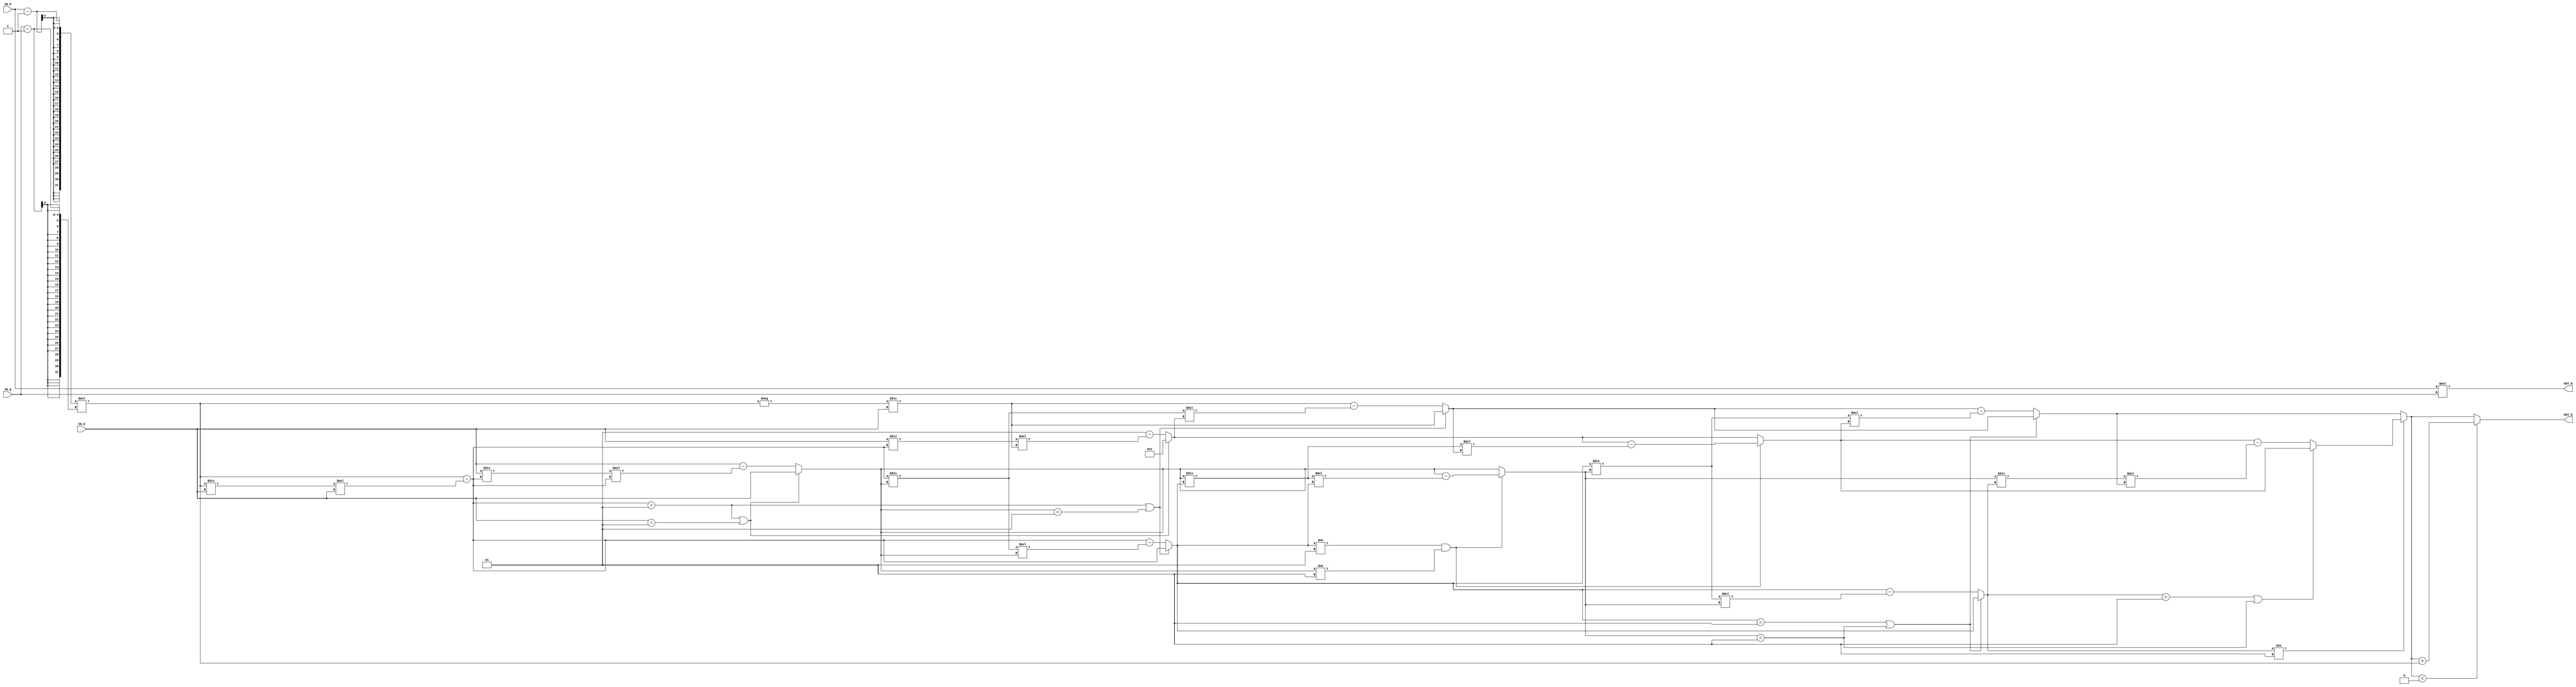
//############################################################################
//++++++++++++++++++++++++++++++++++++++++++++++++++++++++++++++++++++++++++++
//   Module Name : RSA_IP
//++++++++++++++++++++++++++++++++++++++++++++++++++++++++++++++++++++++++++++
//############################################################################

module RSA_IP #(parameter WIDTH = 4) (
    // Input signals
    IN_P, IN_Q, IN_E,
    // Output signals
    OUT_N, OUT_D
);

// ===============================================================
// Declaration
// ===============================================================
input  [WIDTH-1:0]   IN_P, IN_Q;
input  [WIDTH*2-1:0] IN_E;
output [WIDTH*2-1:0] OUT_N, OUT_D;

localparam N_LEVEL = 7;

wire signed [WIDTH*2-1:0] final_d;

// ===============================================================
// Soft IP DESIGN
// ===============================================================
genvar level_idx, node_idx;
generate
    for (level_idx = 1; level_idx <= N_LEVEL; level_idx = level_idx + 1) begin: gen_level
        if(level_idx == 1) begin: lv_1
            wire signed [WIDTH*2-1:0] s1 [0:1];

            // Initial
            assign s1[0] = (IN_P-1) * (IN_Q-1);
            assign s1[1] = IN_E;
        end
        if(level_idx == 2) begin: lv_2
            wire signed [WIDTH*2-1:0] s2 [0:1];
            wire signed [WIDTH*2-1:0] d2;

            assign s2[0] = gen_level[level_idx-1].lv_1.s1[0] - ((gen_level[level_idx-1].lv_1.s1[0] / gen_level[level_idx-1].lv_1.s1[1]) * gen_level[level_idx-1].lv_1.s1[1]);
            assign s2[1] = gen_level[level_idx-1].lv_1.s1[1];
            assign d2 = -gen_level[level_idx-1].lv_1.s1[0] / gen_level[level_idx-1].lv_1.s1[1];
        end
        if(level_idx == 3) begin: lv_3
            wire signed [WIDTH*2-1:0] s3 [0:1];
            wire signed [WIDTH*2-1:0] d3 [0:1];

            assign s3[0] = gen_level[level_idx-1].lv_2.s2[0];
            assign s3[1] = (gen_level[level_idx-1].lv_2.s2[0] == 1 || gen_level[level_idx-1].lv_2.s2[1] == 1)? gen_level[level_idx-1].lv_2.s2[1] : gen_level[level_idx-1].lv_2.s2[1] - ((gen_level[level_idx-1].lv_2.s2[1] / gen_level[level_idx-1].lv_2.s2[0]) * gen_level[level_idx-1].lv_2.s2[0]);
            assign d3[0] = gen_level[level_idx-1].lv_2.d2;
            assign d3[1] = (gen_level[level_idx-1].lv_2.s2[0] == 1 || gen_level[level_idx-1].lv_2.s2[1] == 1)? 1 : 1 - ((gen_level[level_idx-1].lv_2.s2[1] / gen_level[level_idx-1].lv_2.s2[0]) * gen_level[level_idx-1].lv_2.d2);
        end
        if(level_idx == 4) begin: lv_4
            wire signed [WIDTH*2-1:0] s4 [0:1];
            wire signed [WIDTH*2-1:0] d4 [0:1];

            assign s4[0] = (gen_level[level_idx-1].lv_3.s3[0] == 1 || gen_level[level_idx-1].lv_3.s3[1] == 1)? gen_level[level_idx-1].lv_3.s3[0] : gen_level[level_idx-1].lv_3.s3[0] - ((gen_level[level_idx-1].lv_3.s3[0] / gen_level[level_idx-1].lv_3.s3[1]) * gen_level[level_idx-1].lv_3.s3[1]);
            assign s4[1] = gen_level[level_idx-1].lv_3.s3[1];
            assign d4[0] = (gen_level[level_idx-1].lv_3.s3[0] == 1 || gen_level[level_idx-1].lv_3.s3[1] == 1)? gen_level[level_idx-1].lv_3.d3[0] : gen_level[level_idx-1].lv_3.d3[0] - ((gen_level[level_idx-1].lv_3.s3[0] / gen_level[level_idx-1].lv_3.s3[1]) * gen_level[level_idx-1].lv_3.d3[1]);
            assign d4[1] = gen_level[level_idx-1].lv_3.d3[1];
        end
        if(level_idx == 5) begin: lv_5
            wire signed [WIDTH*2-1:0] s5 [0:1];
            wire signed [WIDTH*2-1:0] d5 [0:1];

            assign s5[0] = gen_level[level_idx-1].lv_4.s4[0];
            assign s5[1] = (gen_level[level_idx-1].lv_4.s4[0] != 1 && gen_level[level_idx-1].lv_4.s4[1] != 1)? gen_level[level_idx-1].lv_4.s4[1] - ((gen_level[level_idx-1].lv_4.s4[1] / gen_level[level_idx-1].lv_4.s4[0]) * gen_level[level_idx-1].lv_4.s4[0]) : gen_level[level_idx-1].lv_4.s4[1];
            assign d5[0] = gen_level[level_idx-1].lv_4.d4[0];
            assign d5[1] = (gen_level[level_idx-1].lv_4.s4[0] != 1 && gen_level[level_idx-1].lv_4.s4[1] != 1)? gen_level[level_idx-1].lv_4.d4[1] - ((gen_level[level_idx-1].lv_4.s4[1] / gen_level[level_idx-1].lv_4.s4[0]) * gen_level[level_idx-1].lv_4.d4[0]) : gen_level[level_idx-1].lv_4.d4[1];
        end
        if(level_idx == 6) begin: lv_6
            wire signed [WIDTH*2-1:0] s6 [0:1];
            wire signed [WIDTH*2-1:0] d6 [0:1];
            
            assign s6[0] = (gen_level[level_idx-1].lv_5.s5[0] == 1 || gen_level[level_idx-1].lv_5.s5[1] == 1)? gen_level[level_idx-1].lv_5.s5[0] : gen_level[level_idx-1].lv_5.s5[0] - ((gen_level[level_idx-1].lv_5.s5[0] / gen_level[level_idx-1].lv_5.s5[1]) * gen_level[level_idx-1].lv_5.s5[1]);
            assign s6[1] = gen_level[level_idx-1].lv_5.s5[1];
            assign d6[0] = (gen_level[level_idx-1].lv_5.s5[0] == 1 || gen_level[level_idx-1].lv_5.s5[1] == 1)? gen_level[level_idx-1].lv_5.d5[0] : gen_level[level_idx-1].lv_5.d5[0] - ((gen_level[level_idx-1].lv_5.s5[0] / gen_level[level_idx-1].lv_5.s5[1]) * gen_level[level_idx-1].lv_5.d5[1]);
            assign d6[1] = gen_level[level_idx-1].lv_5.d5[1];
        end
        if(level_idx == 7) begin: lv_7
            wire signed [WIDTH*2-1:0] s7 [0:1];
            wire signed [WIDTH*2-1:0] d7 [0:1];
            
            assign s7[0] = gen_level[level_idx-1].lv_6.s6[0];
            assign s7[1] = (gen_level[level_idx-1].lv_6.s6[0] == 1 || gen_level[level_idx-1].lv_6.s6[1] == 1)? gen_level[level_idx-1].lv_6.s6[1] : gen_level[level_idx-1].lv_6.s6[1] - ((gen_level[level_idx-1].lv_6.s6[1] / gen_level[level_idx-1].lv_6.s6[0]) * gen_level[level_idx-1].lv_6.s6[0]);
            assign d7[0] = gen_level[level_idx-1].lv_6.d6[0];
            assign d7[1] = (gen_level[level_idx-1].lv_6.s6[0] == 1 || gen_level[level_idx-1].lv_6.s6[1] == 1)? gen_level[level_idx-1].lv_6.d6[1] : gen_level[level_idx-1].lv_6.d6[1] - ((gen_level[level_idx-1].lv_6.s6[1] / gen_level[level_idx-1].lv_6.s6[0]) * gen_level[level_idx-1].lv_6.d6[0]);

            assign final_d = (s7[0] != 1)? d7[1] : d7[0];
        end
    end

endgenerate

assign OUT_N = IN_P*IN_Q;
assign OUT_D = (final_d < 0)? (final_d + ((IN_P-1) * (IN_Q-1))) : final_d;


endmodule